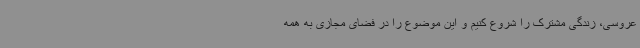
عروسی، زندگی مشترک را شروع کنیم و این موضوع را در فضای مجازی به همه